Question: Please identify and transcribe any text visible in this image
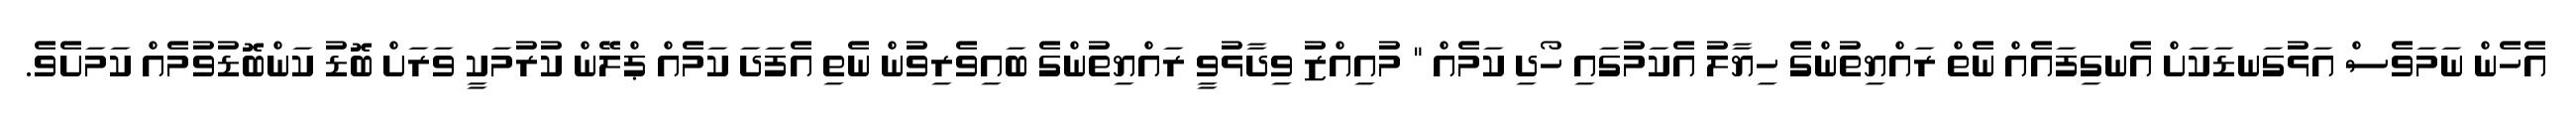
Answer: އެހެން ނަމަވެސް އަޅުގަނޑަކަށް އެނގިފައެއް ނެތް ރައްޔިތުންގެ ހިޔާލު އެކަމުގައި ހޯދި ކަމެއް " މުއިއްޒު ވިދާޅުވީ ރައްޔިތުންގެ ބައިވެރިވުން ނެތި އެފަދަ ކަމެއް ޕްލޭން ކުރުމަކީ ވަރަށް ބޮޑު ކަންބޮޑުވުމެއް ކަމަށެވެ.